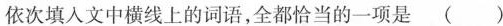
依次填入文中横线上的词语，全都恰当的一项是()